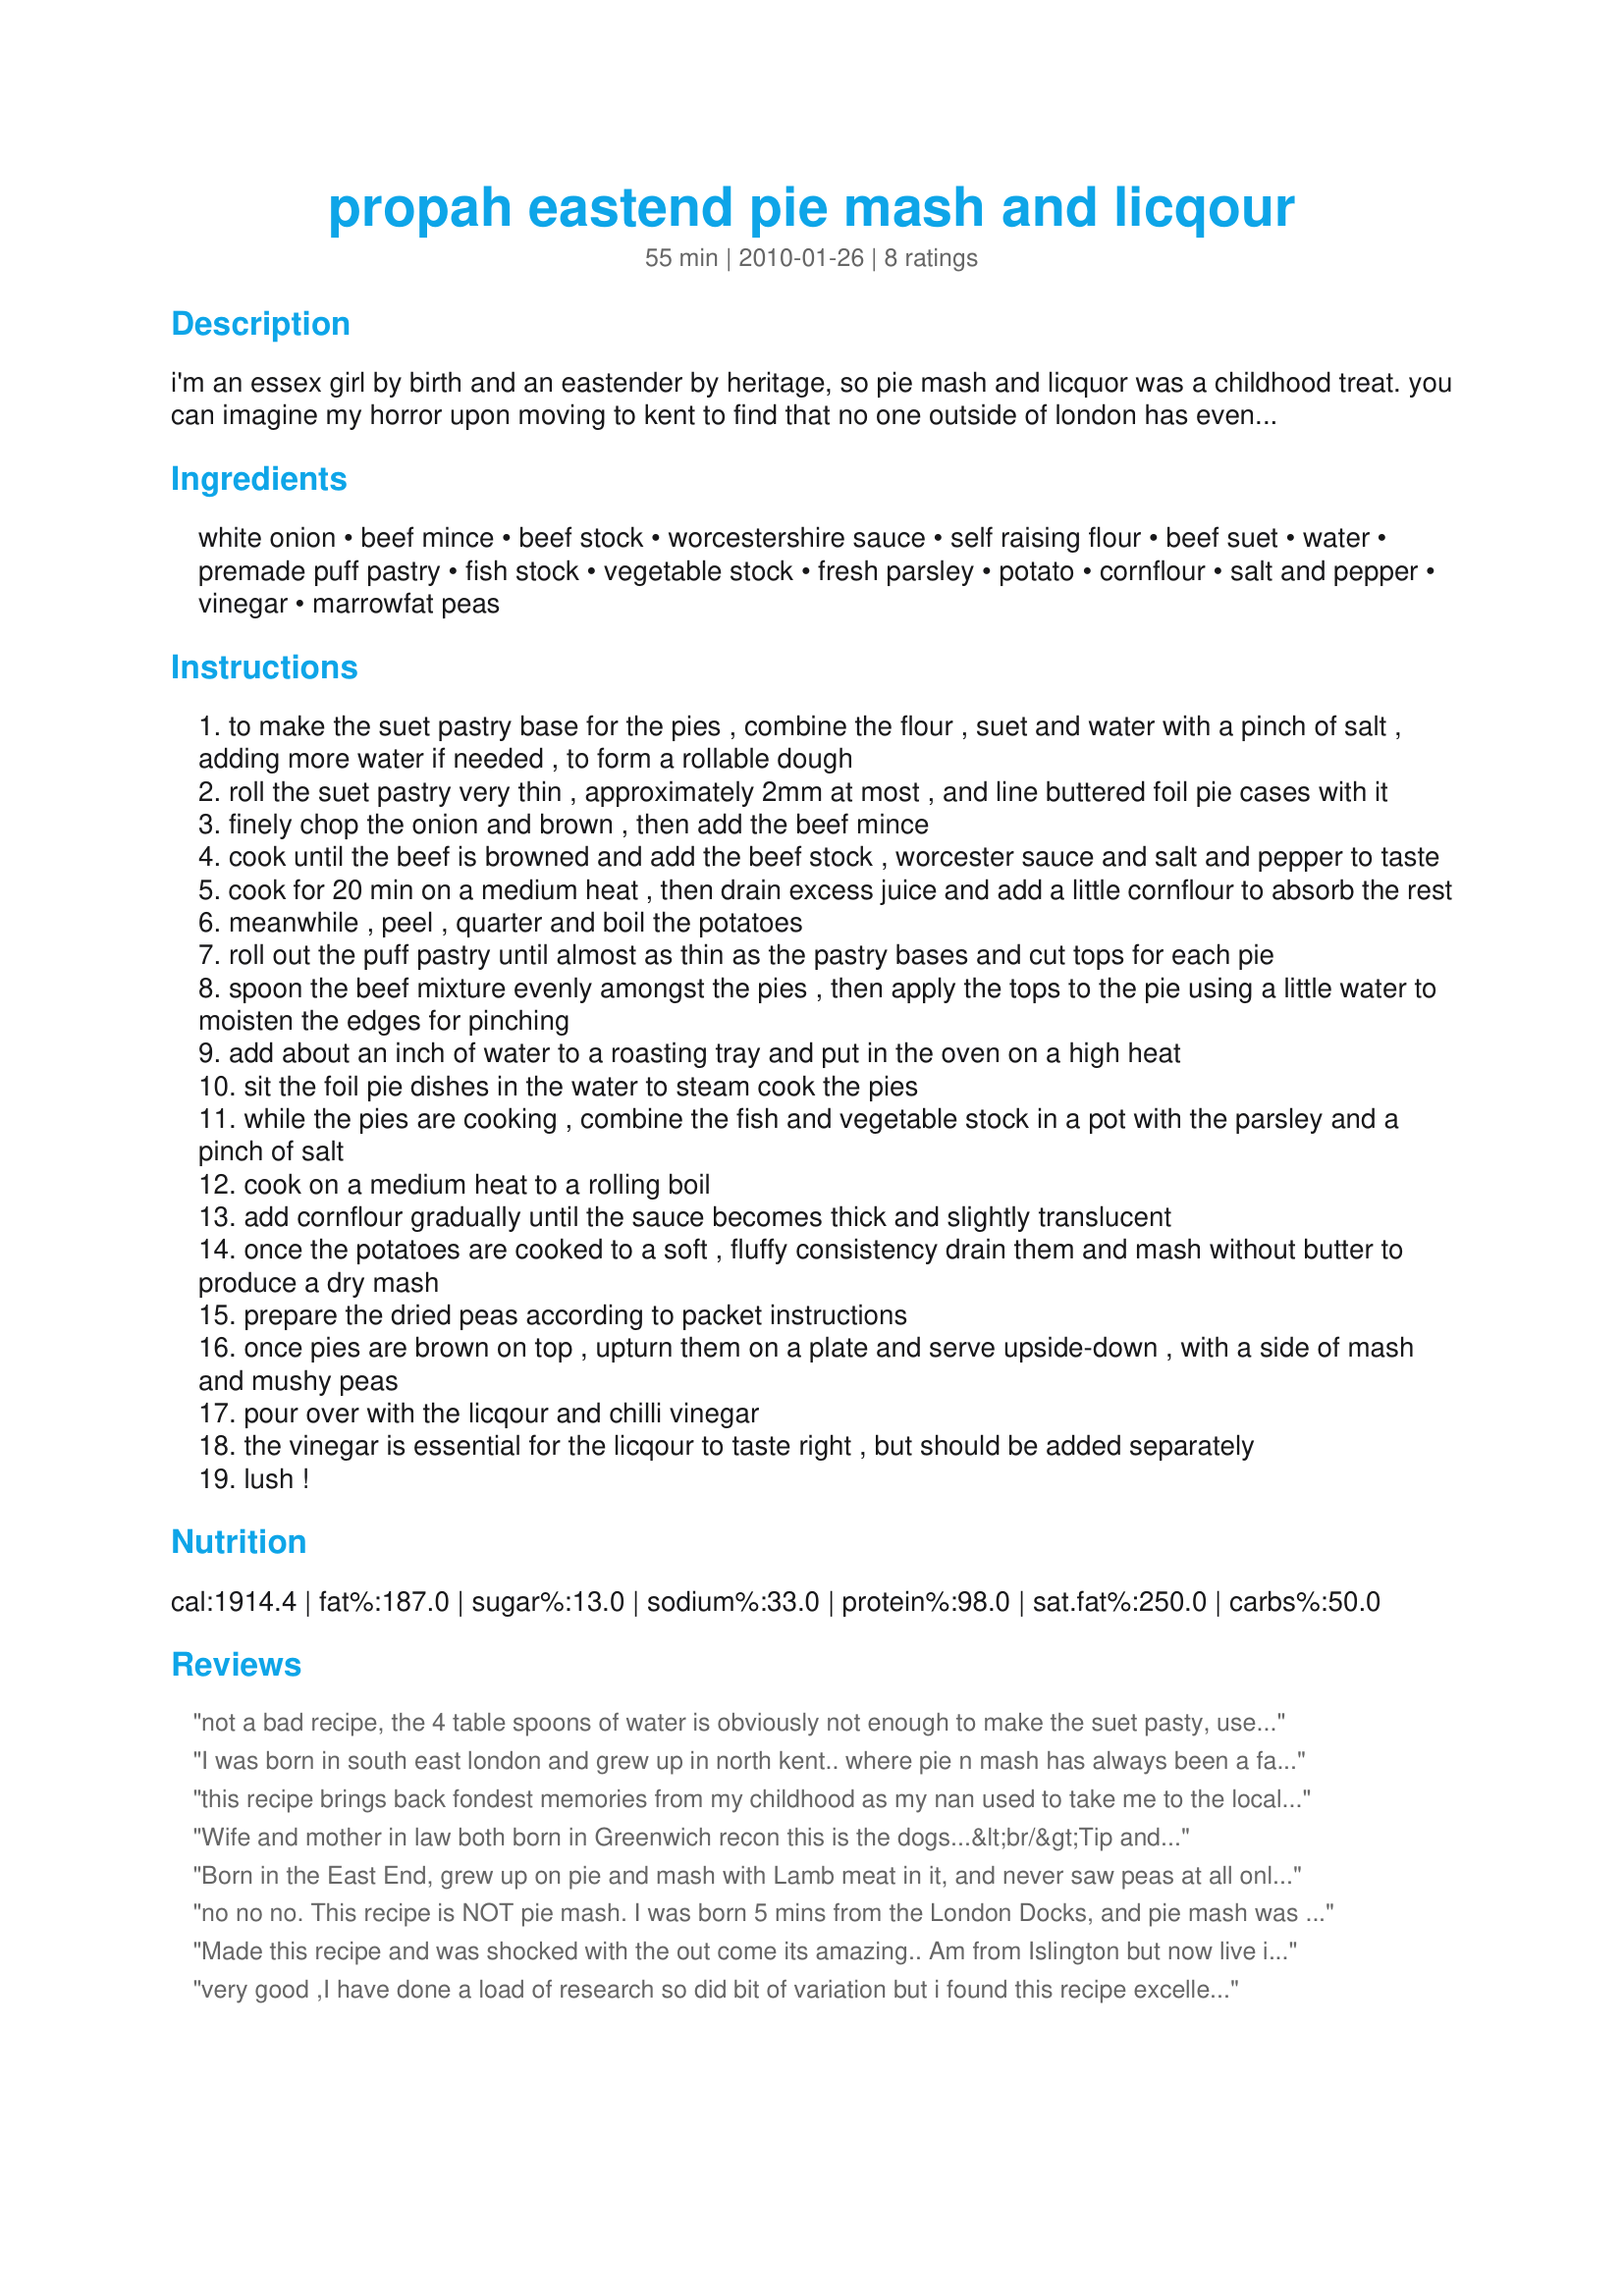
propah eastend pie mash and licqour
Preparation time: 55 minutes

i'm an essex girl by birth and an eastender by heritage, so pie mash and licquor was a childhood treat. you can imagine my horror upon moving to kent to find that no one outside of london has even heard of the dish, let alone tasted it. so i languished for years without.

sure, i could just get a meat pie and somemash, but normal meat pies are not the same, and the licqour is just impossible. fortunately, through much experimenting my mum and i now have a suitable substitute that tastes as good (or bad!) as the real thing!

Ingredients:
white onion, beef mince, beef stock, worcestershire sauce, self raising flour, beef suet, water, premade puff pastry, fish stock, vegetable stock, fresh parsley, potato, cornflour, salt and pepper, vinegar, marrowfat peas

Steps:
to make the suet pastry base for the pies , combine the flour , suet and water with a pinch of salt , adding more water if needed , to form a rollable dough
roll the suet pastry very thin , approximately 2mm at most , and line buttered foil pie cases with it
finely chop the onion and brown , then add the beef mince
cook until the beef is browned and add the beef stock , worcester sauce and salt and pepper to taste
cook for 20 min on a medium heat , then drain excess juice and add a little cornflour to absorb the rest
meanwhile , peel , quarter and boil the potatoes
roll out the puff pastry until almost as thin as the pastry bases and cut tops for each pie
spoon the beef mixture evenly amongst the pies , then apply the tops to the pie using a little water to moisten the edges for pinching
add about an inch of water to a roasting tray and put in the oven on a high heat
sit the foil pie dishes in the water to steam cook the pies
while the pies are cooking , combine the fish and vegetable stock in a pot with the parsley and a pinch of salt
cook on a medium heat to a rolling boil
add cornflour gradually until the sauce becomes thick and slightly translucent
once the potatoes are cooked to a soft , fluffy consistency drain them and mash without butter to produce a dry mash
prepare the dried peas according to packet instructions
once pies are brown on top , upturn them on a plate and serve upside-down , with a side of mash and mushy peas
pour over with the licqour and chilli vinegar
the vinegar is essential for the licqour to taste right , but should be added separately
lush !

Reviews:
not a bad recipe, the 4 table spoons of water is obviously not enough to make the suet pasty, used around 200-220mls of cold water instead. tried the puff pasty for the lid and im not sure its 100% correct, will try again sooon with a shortcrust lid and see how that goes
I was born in south east london and grew up in north kent.. where pie n mash has always been a family treat!!...in fact the oldest pie n mash shop is menzies south london!!!..by the way i have often visted rural essex ( east anglia) and never ever saw a good old pie and mash shop..it maybe only a london north kent thing!
this recipe brings back fondest memories from my childhood as my nan used to take me to the local pie'n'mash shop as a special treat for me, im now 62 yrs old and i so miss having pie'n'mash as i now live in the northeast of england but thanks to your website i can now relive my memories and do the recipe for my self now thank you very much you've made an old true eastender very happy thank you once again
Wife and mother in law both born in Greenwich recon this is the dogs...&lt;br/&gt;Tip and your corn flour to a bit of cold water and mix before adding to liquor.
Born in the East End, grew up on pie and mash with Lamb meat in it, and never saw peas at all only pie and mash jellied eels and stewed eels, ner ever peas, but your version tastes good so go with the times, got the pastry spot on
no no no. This recipe is NOT pie mash. I was born 5 mins from the London Docks, and pie mash was a regular with our family. regardless of who the proprietor was, they were ALL extremely busy. You would normally que to get a table. They were far too busy to mess about with TWO types of pastry, worcester sauce and onions. Never ever ever seen peas served with pie mash. Pie Mash was supposed to be a QUICK, CHEAP meal, as basic as they could make it. If you want to make authentic pie mash, start by being as cheap as you can. I have tried many times to cook pie mash, its ok, but it falls very short of the real thing. In my opinion the secret that everyone seems to talk about is the pastry. The lid is soft, (I can never get my lid soft) not like shortcrust. And I have a sneaky feeling its also something to do with the ovens? I am sure your recipe above is very nice and tasty, but its NOT pie mash. Sorry. If anyone knows how to get the lid soft, please let me know
Made this recipe and was shocked with the out come its amazing.. Am from Islington but now live in Florida grew up on pie and mash and have not had pie and mash in at least 15 years.. Made this for my wife son and 3 friends and they all could not get enough and nor could I.. All i can say is if the Americans love it and me a true cockney lol this recipe is PROPAH.&lt;br/&gt;Thanks for a great recipe will be making again Soon..
very good ,I have done a load of research so did bit of variation but i found this recipe excellent. smelt just like manzies p and m shop in my house. didnt bother with suet just did short crust but did water bath and turned out like suet. for pie inner i did blob of tomato sauce tsp mustard dash of red wine. I put to much parsley but have frozon liquor thas over and will use &quot;the consentrate&quot; to go into next batch. but I relly enjoyed my dinner tnite ,maggie nz
